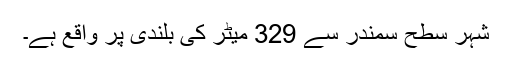
شہر سطح سمندر سے 329 میٹر کی بلندی پر واقع ہے۔